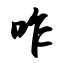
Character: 咋